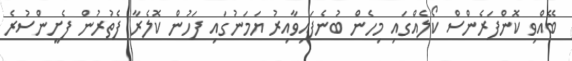
ބޭއްވި ކޮންފަރެންސް ކޯލެއްގައި މިހެން ބުނެފައިވާއިރު ޔަމަނުގައި ފަހުން ކޮލެރާ ފެތުރުން ފެށީންސުރެ